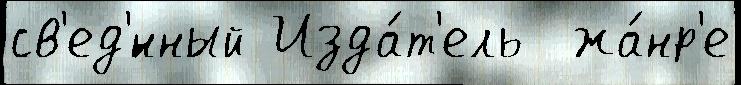
св'ед'́нный Изда́т'ель  жа́нр'е